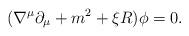
LaTeX: \begin{align*}(\nabla^{\mu}\partial_{\mu}+m^2 +\xi R)\phi=0 .\end{align*}